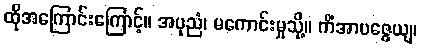
ထိုအကြောင်းကြောင့်။ အပုညံ၊ မကောင်းမှုသို့။ ကိံအာပဇ္ဇေယျ၊